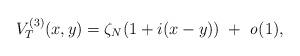
LaTeX: \begin{align*}V_T^{(3)}(x,y)=\zeta_N(1+i(x-y))\;+\;\mathit{o}(1),\end{align*}